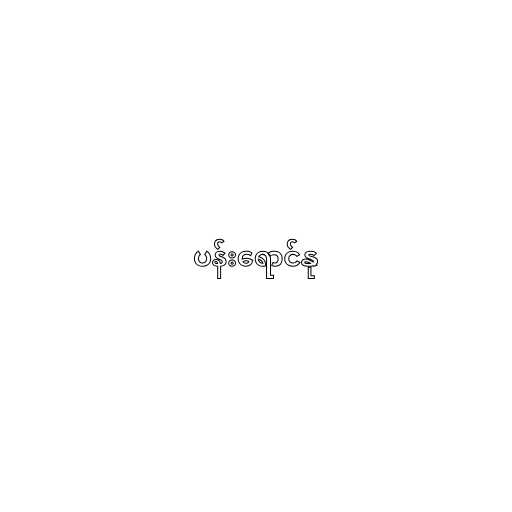
ပန်းရောင်နု